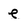
Character: e